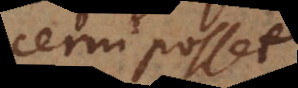
discerni posset.